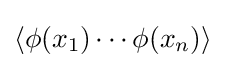
\langle \phi (x_{1})\cdots \phi (x_{n})\rangle